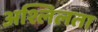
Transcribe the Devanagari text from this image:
अश्लिलता